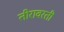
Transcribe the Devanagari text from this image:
तीरावरती